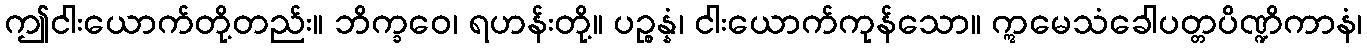
ဤငါးယောက်တို့တည်း။ ဘိက္ခဝေ၊ ရဟန်းတို့။ ပဉ္စန္နံ၊ ငါးယောက်ကုန်သော။ ဣမေသံခေါပတ္တပိဏ္ဍိကာနံ၊